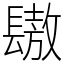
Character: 䦋